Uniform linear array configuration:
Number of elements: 8
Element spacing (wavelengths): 0.25
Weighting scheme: hamming
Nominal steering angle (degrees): -60
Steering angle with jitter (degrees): -58.356
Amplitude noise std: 0.05
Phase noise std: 0.05

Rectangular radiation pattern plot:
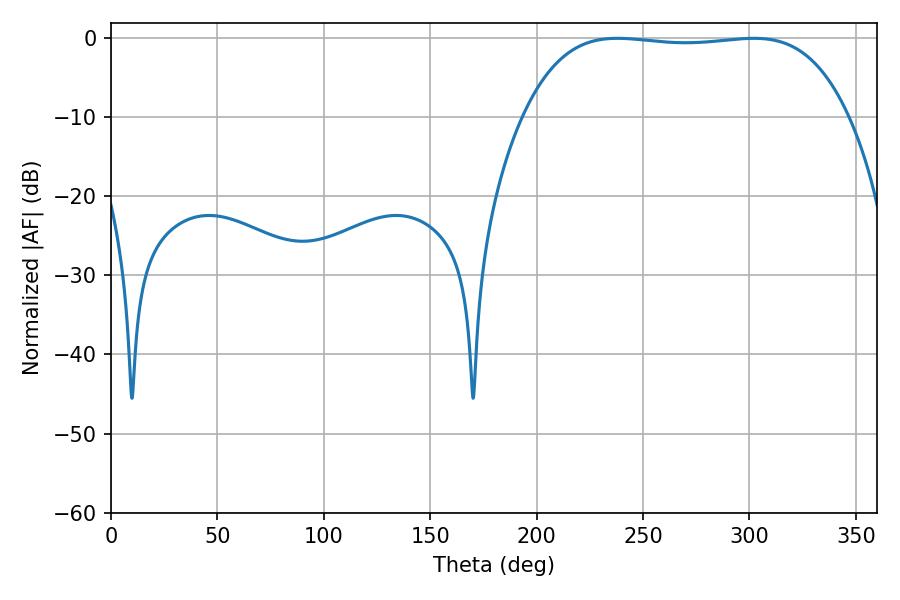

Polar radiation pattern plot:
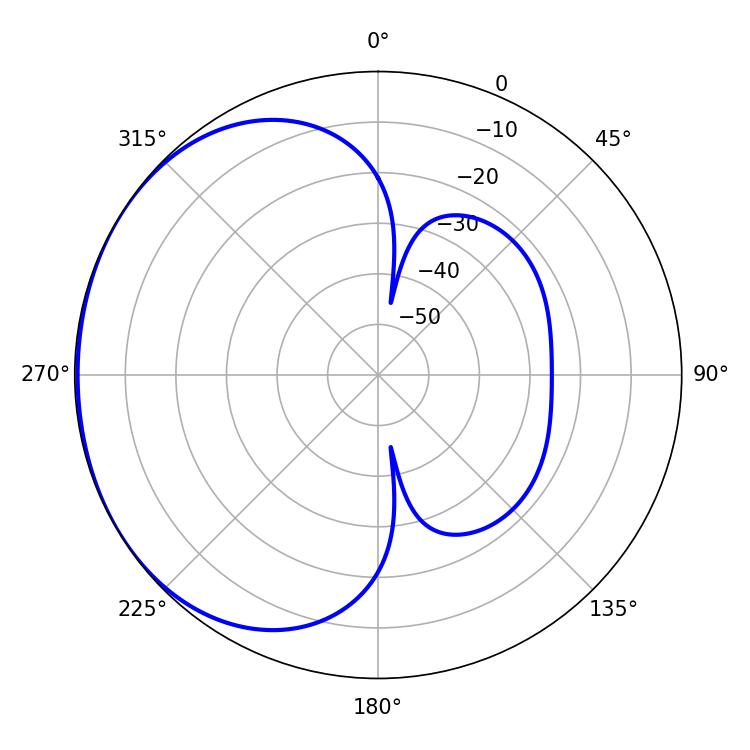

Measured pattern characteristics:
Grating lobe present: FALSE
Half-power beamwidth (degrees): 120.24
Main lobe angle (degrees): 237.96